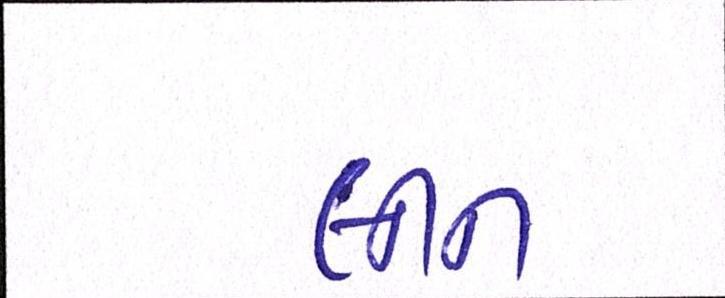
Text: લીન